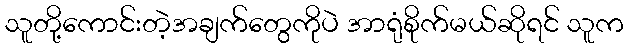
သူတို့ကောင်းတဲ့အချက်တွေကိုပဲ အာရုံစိုက်မယ်ဆိုရင် သူက